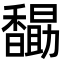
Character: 𮩭